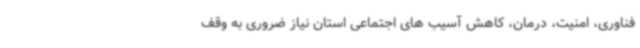
فناوری، امنیت، درمان، کاهش آسیب های اجتماعی استان نیاز ضروری به وقف